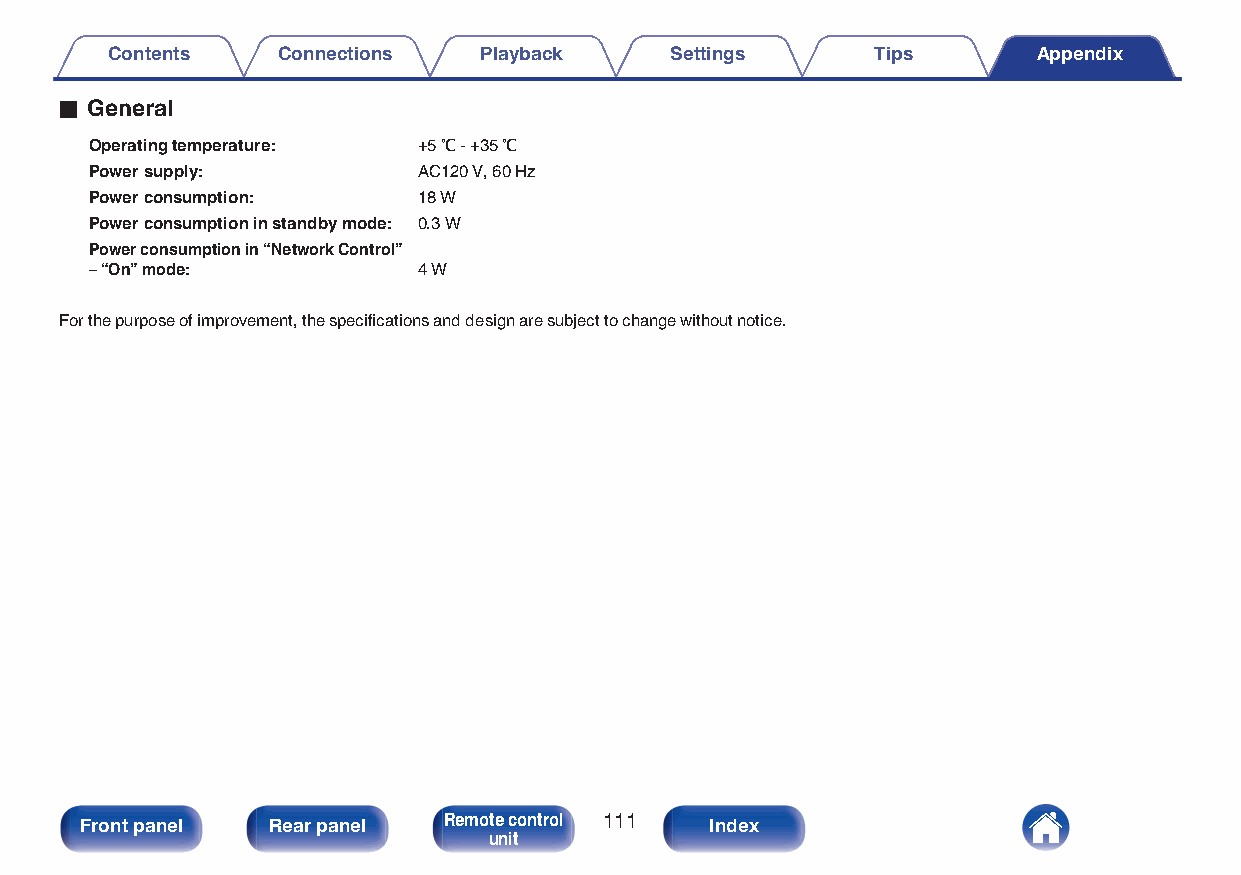
Contents   Connections   Playback    Settings      Tips       Appendix
 o General
 Operating temperature: +5 ℃ - +35 ℃
 Power supply:         AC120 V, 60 Hz
 Power consumption:    18 W
 Power consumption in standby mode: 0.3 W
 Power consumption in “Network Control”
 – “On” mode:          4 W
 For the purpose of improvement, the specifications and design are subject to change without notice.
 Front panel  Rear panel Remote control 111 Index
 unit